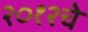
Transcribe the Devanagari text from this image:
२०१२चे